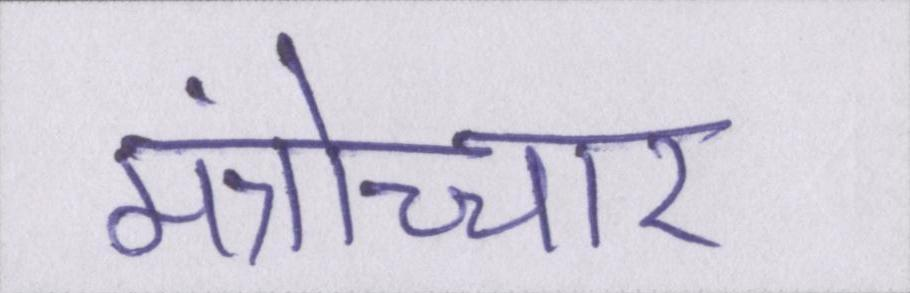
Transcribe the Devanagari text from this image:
मंत्रोच्चार